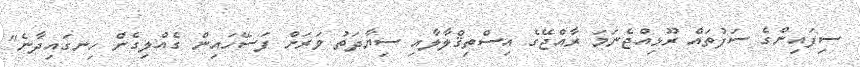
ސިފައިންގެ ސަފުތައް ރޫޅިއްޖެނަމަ ރާއްޖޭގެ އިސްތިޤްލާލާއި ސިޔާދަތު ވަރަށް ފަސޭހައިން ގެއްލިގެން ހިނގައިދާނެ"